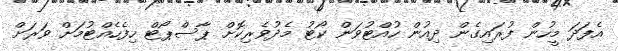
އެފަދަ މީހުން ފުރައިގެން ދިއުން ހުއްޓުވަން ކޯޓު މެދުވެރިކޮށް ޕާސްޕޯޓް ހިފެހެއްޓުމަށް ވަރަށް